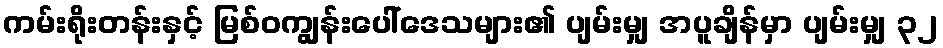
ကမ်းရိုးတန်းနှင့် မြစ်ဝကျွန်းပေါ်ဒေသများ၏ ပျမ်းမျှ အပူချိန်မှာ ပျမ်းမျှ ၃၂